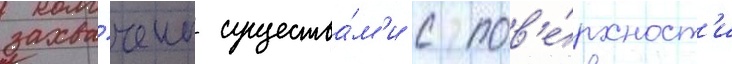
захва́чены существа́м'и с пов'е́рхност'и